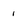
Character: 1